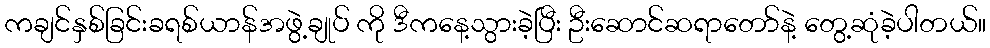
ကချင်နှစ်ခြင်းခရစ်ယာန်အဖွဲ့ချုပ် ကို ဒီကနေ့သွားခဲ့ပြီး ဦးဆောင်ဆရာတော်နဲ့ တွေ့ဆုံခဲ့ပါတယ်။